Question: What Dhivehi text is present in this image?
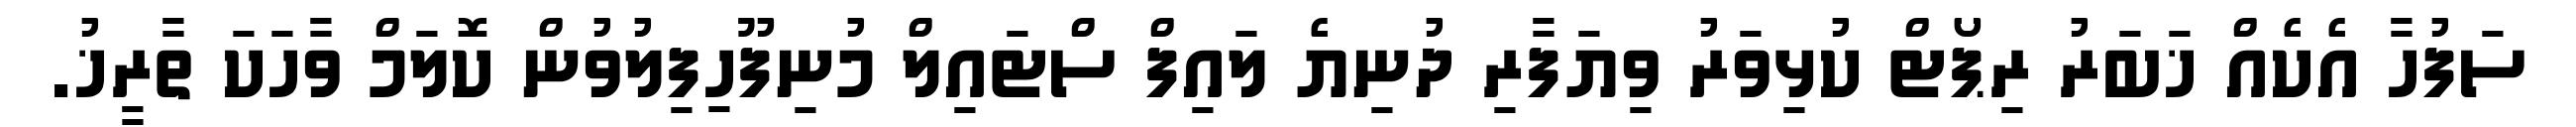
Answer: ސަފުހާ އެކެއް ޚަބަރު ރިޕޯޓް ކުޅިވަރު ވިޔަފާރި ދުނިޔެ ލައިފް ސްޓައިލް މުނިފޫހިފިލުވުން ކޮލަމް ވާހަކަ ތާރީޚު.